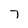
Character: 7